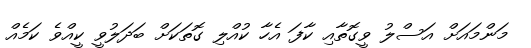
މަންމައަށް އަސްލު ވީގޮތާއި ކާފަ އެހާ ކުއްލި ގޮތަކަށް ބަދަލުވީ ކީއްވެ ކަމެއް